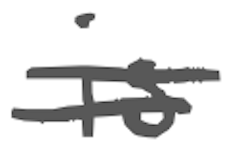
Text: is
Cross-out: double-line
Writing tool: digital_gray